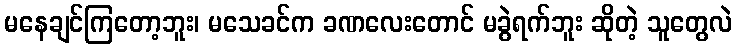
မနေချင်ကြတော့ဘူး၊ မသေခင်က ခဏလေးတောင် မခွဲရက်ဘူး ဆိုတဲ့ သူတွေလဲ